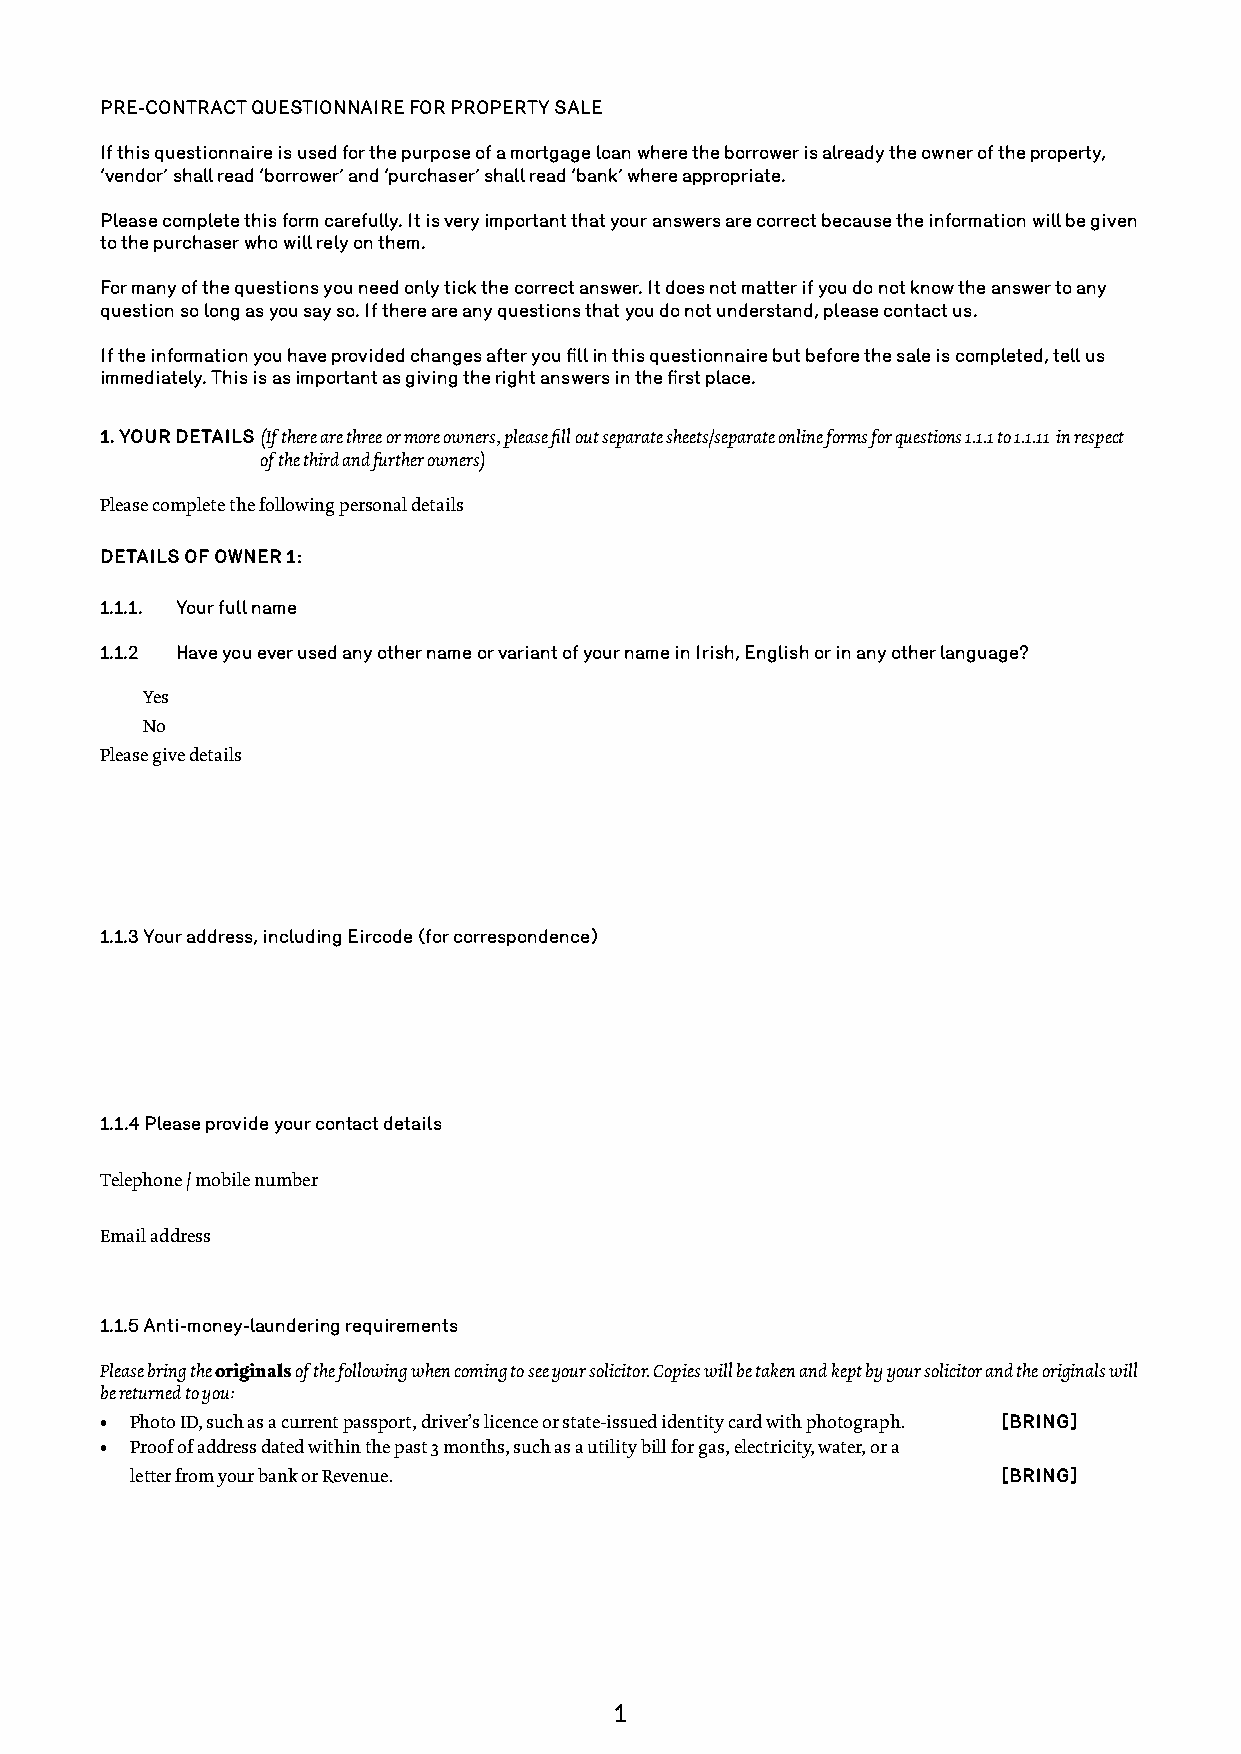
PRE-CONTRACT QUESTIONNAIRE FOR PROPERTY SALE
 If this questionnaire is used for the purpose of a mortgage loan where the borrower is already the owner of the property,
 ‘vendor’ shall read ‘borrower’ and ‘purchaser’ shall read ‘bank’ where appropriate.
 Please complete this form carefully. It is very important that your answers are correct because the information will be given
 to the purchaser who will rely on them.
 For many of the questions you need only tick the correct answer. It does not matter if you do not know the answer to any
 question so long as you say so. If there are any questions that you do not understand, please contact us.
 If the information you have provided changes after you fill in this questionnaire but before the sale is completed, tell us
 immediately. This is as important as giving the right answers in the first place.
 1. YOUR DETAILS (If there are three or more owners, please fill out separate sheets/separate online forms for questions 1.1.1 to 1.1.11 in respect
 of the third and further owners)
 Please complete the following personal details
 DETAILS OF OWNER 1:
 1.1.1. Your full name
 1.1.2 Have you ever used any other name or variant of your name in Irish, English or in any other language?
 Yes
 No
 Please give details
 1.1.3 Your address, including Eircode (for correspondence)
 1.1.4 Please provide your contact details
 Telephone / mobile number
 Email address
 1.1.5 Anti-money-laundering requirements
 Please bring the originals of the following when coming to see your solicitor. Copies will be taken and kept by your solicitor and the originals will
 be returned to you:
 • Photo ID, such as a current passport, driver’s licence or state-issued identity card with photograph. [BRING]
 • Proof of address dated within the past 3 months, such as a utility bill for gas, electricity, water, or a
 letter from your bank or Revenue.                        [BRING]
 1